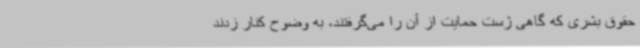
حقوق بشری که گاهی ژست حمایت از آن را می‌گرفتند، به وضوح کنار زدند